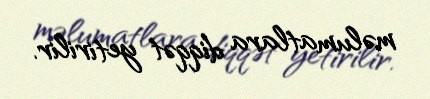
məlumatlara diqqət yetirilir.